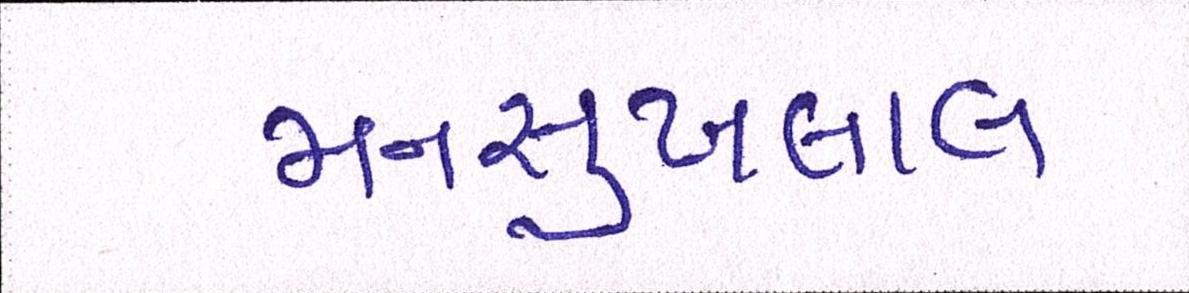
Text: મનસુખલાલ